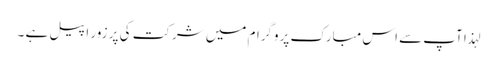
لہذا آپ سے اس مبارک پروگرام میں شرکت کی پر زور اپیل ہے ۔